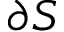
\partial S